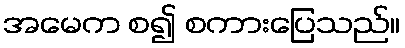
အမေက စ၍ စကားပြေသည်။